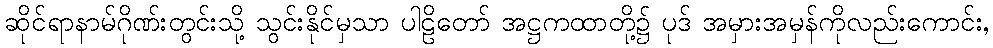
ဆိုင်ရာနာမ်ဂိုဏ်းတွင်းသို့ သွင်းနိုင်မှသာ ပါဠိတော် အဋ္ဌကထာတို့၌ ပုဒ် အမှားအမှန်ကိုလည်းကောင်း,